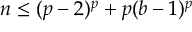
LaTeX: n \leq ( p - 2 ) ^ { p } + p ( b - 1 ) ^ { p }